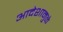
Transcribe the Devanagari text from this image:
आदेशामुळे